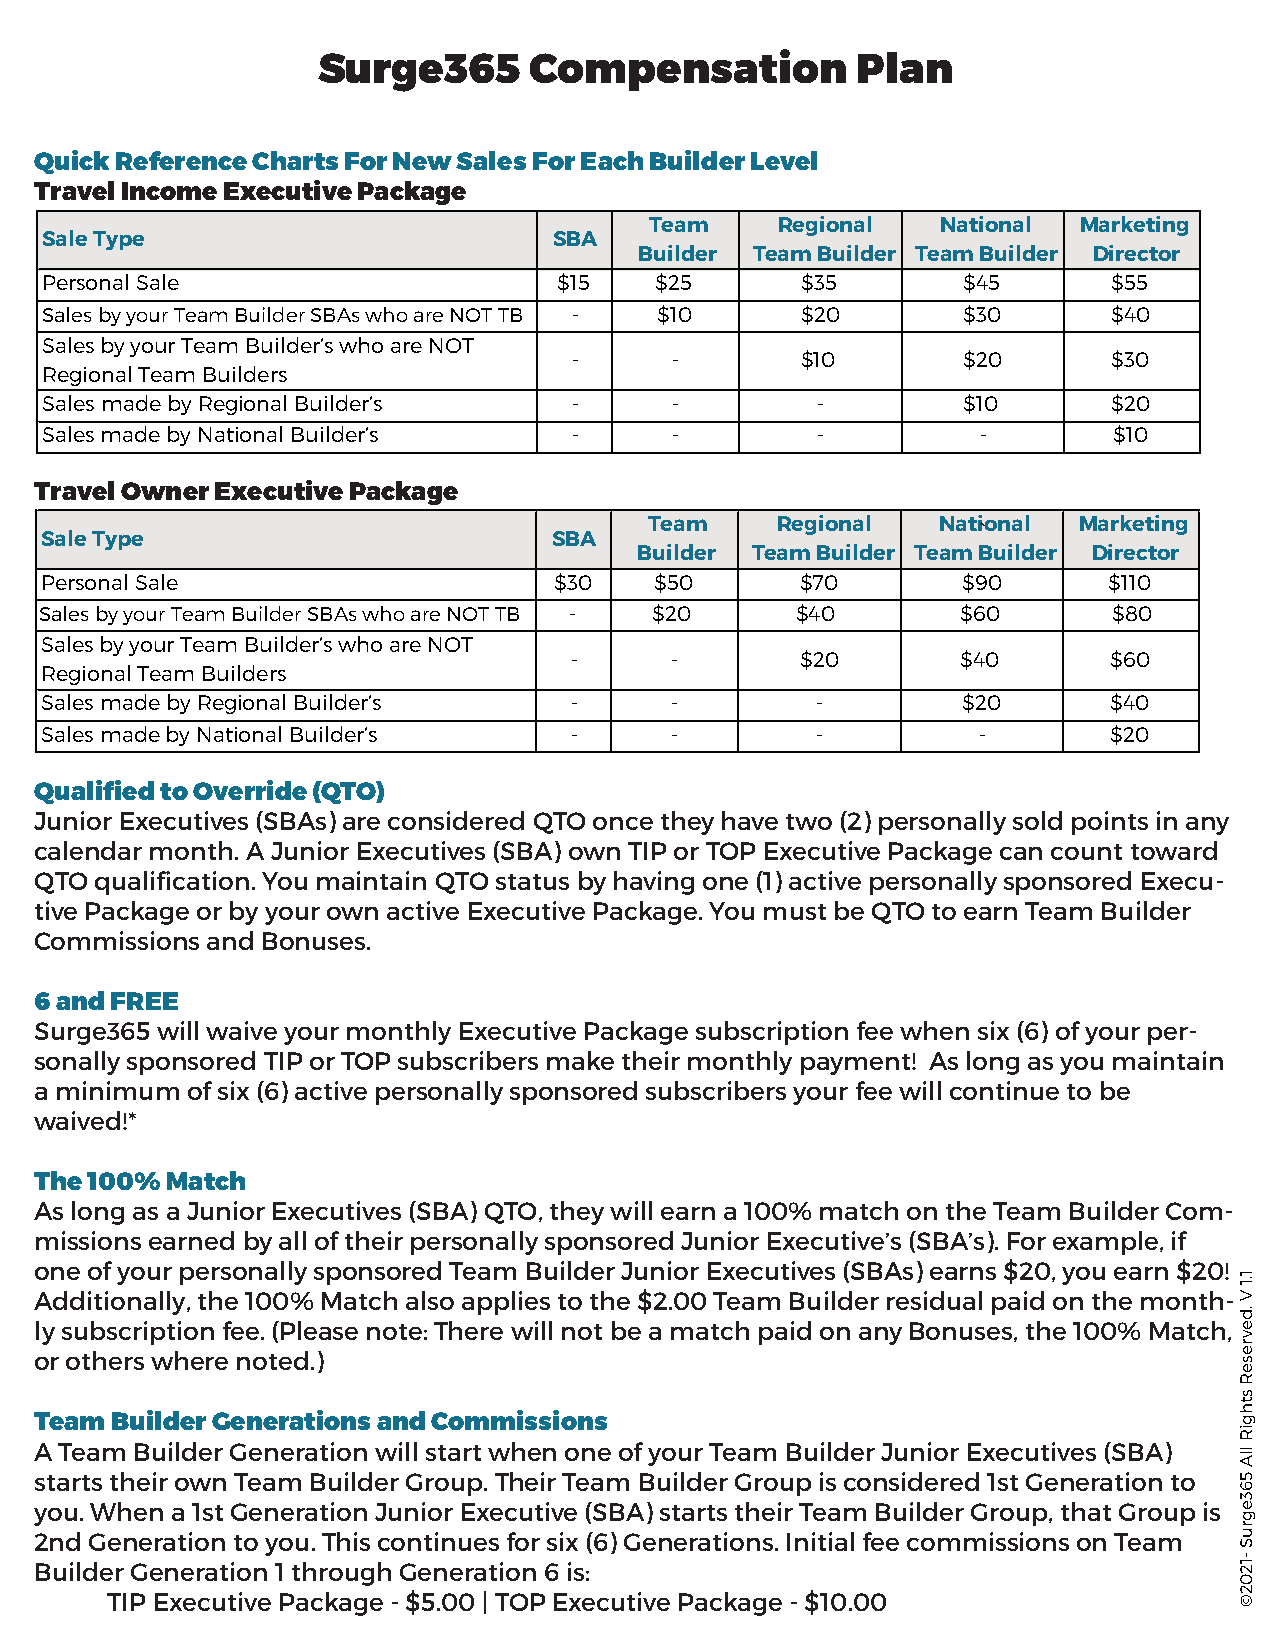
Surge365      Compensation          Plan
 Quick Reference Charts For New Sales For Each Builder Level
 Travel Income Executive Package
 Team     Regional  National  Marketing
 Sale Type                         SBA
 Builder Team Builder Team Builder Director
 Personal Sale                     $15   $25       $35        $45       $55
 Sales by your Team Builder SBAs who are NOT TB - $10 $20     $30       $40
 Sales by your Team Builder’s who are NOT
 -     -        $10        $20       $30
 Regional Team Builders
 Sales made by Regional Builder’s   -     -         -         $10       $20
 Sales made by National Builder’s   -     -         -          -        $10
 Travel Owner Executive Package
 Team    Regional   Nat`ional Marketing
 Sale Type                         SBA
 Builder Team Builder Team Builder Director
 Personal Sale                     $30   $50       $70        $90      $110
 Sales by your Team Builder SBAs who are NOT TB - $20 $40     $60       $80
 Sales by your Team Builder’s who are NOT
 -     -        $20        $40       $60
 Regional Team Builders
 Sales made by Regional Builder’s   -     -         -         $20       $40
 Sales made by National Builder’s   -     -         -          -        $20
 Qualified to Override (QTO)
 Junior Executives (SBAs) are considered QTO once they have two (2) personally sold points in any
 calendar month. A Junior Executives (SBA) own TIP or TOP Executive Package can count toward
 QTO qualification. You maintain QTO status by having one (1) active personally sponsored Execu-
 tive Package or by your own active Executive Package. You must be QTO to earn Team Builder
 Commissions and Bonuses.
 6 and FREE
 Surge365 will waive your monthly Executive Package subscription fee when six (6) of your per-
 sonally sponsored TIP or TOP subscribers make their monthly payment! As long as you maintain
 a minimum of six (6) active personally sponsored subscribers your fee will continue to be
 waived!*
 The 100% Match
 As long as a Junior Executives (SBA) QTO, they will earn a 100% match on the Team Builder Com-
 missions earned by all of their personally sponsored Junior Executive’s (SBA’s). For example, if
 one of your personally sponsored Team Builder Junior Executives (SBAs) earns $20, you earn $20!
 Additionally, the 100% Match also applies to the $2.00 Team Builder residual paid on the month-
 ly subscription fee. (Please note: There will not be a match paid on any Bonuses, the 100% Match,
 or others where noted.)
 Team Builder Generations and Commissions
 A Team Builder Generation will start when one of your Team Builder Junior Executives (SBA)
 starts their own Team Builder Group. Their Team Builder Group is considered 1st Generation to
 you. When a 1st Generation Junior Executive (SBA) starts their Team Builder Group, that Group is
 2nd Generation to you. This continues for six (6) Generations. Initial fee commissions on Team
 Builder Generation 1 through Generation 6 is:
 TIP Executive Package - $5.00 | TOP Executive Package - $10.00
 1.1
 V
 .devreseR
 sthgiR
 llA
 563egruS
 -1202©